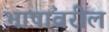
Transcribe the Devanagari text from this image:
भाषांवरील